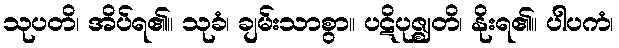
သုပတိ၊ အိပ်ရ၏။ သုခံ၊ ချမ်းသာစွာ။ ပဋိပုဇ္ဈတိ၊ နိုးရ၏။ ပါပကံ၊